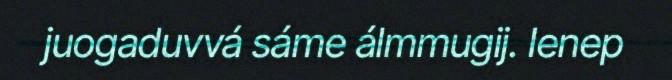
juogaduvvá sáme álmmugij. Ienep